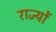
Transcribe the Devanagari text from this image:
राज्योें